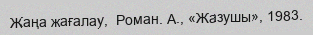
Жаңа жағалау,  Роман. А., «Жазушы», 1983.